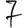
Digit: 7